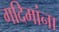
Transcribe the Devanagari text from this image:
गदिमांना